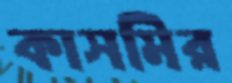
কাসমির